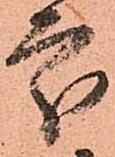
處